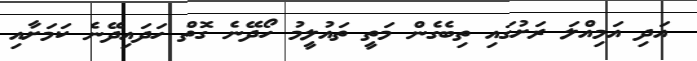
އަދި އަމިއްލަ ރަށުގައި ތިބެގެން މަތީ ތައުލީމު ހޯދޭނެ ގޮތް ހަދައިދޭނެ ކަމަށާއި